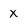
Character: X